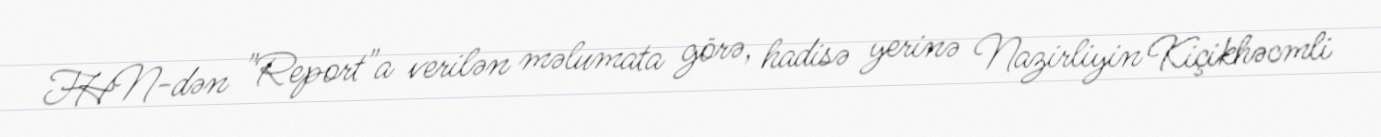
FHN-dən "Report"a verilən məlumata görə, hadisə yerinə Nazirliyin Kiçikhəcmli